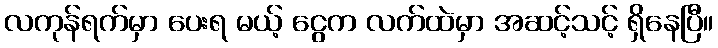
လကုန်ရက်မှာ ပေးရ မယ့် ငွေက လက်ထဲမှာ အဆင့်သင့် ရှိနေပြီ။